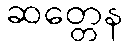
ဆတ္တေန